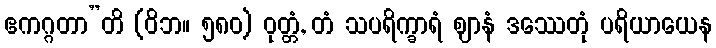
ဧကဂ္ဂတာ”တိ (ဝိဘ။ ၅၈၀) ဝုတ္တံ, တံ သပရိက္ခာရံ ဈာနံ ဒဿေတုံ ပရိယာယေန